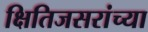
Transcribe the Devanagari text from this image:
क्षितिजसरांच्या